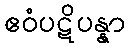
ဧဝံပဋိပန္နာ